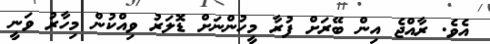
އެވެ. ރާއްޖެ އިން ބޭރަށް ފުރާ މީހުންނަށް ޑޮލަރު ވިއްކުން މިހާރު ވަނީ